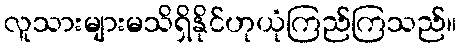
လူသားများမသိရှိနိုင်ဟုယုံကြည်ကြသည်။